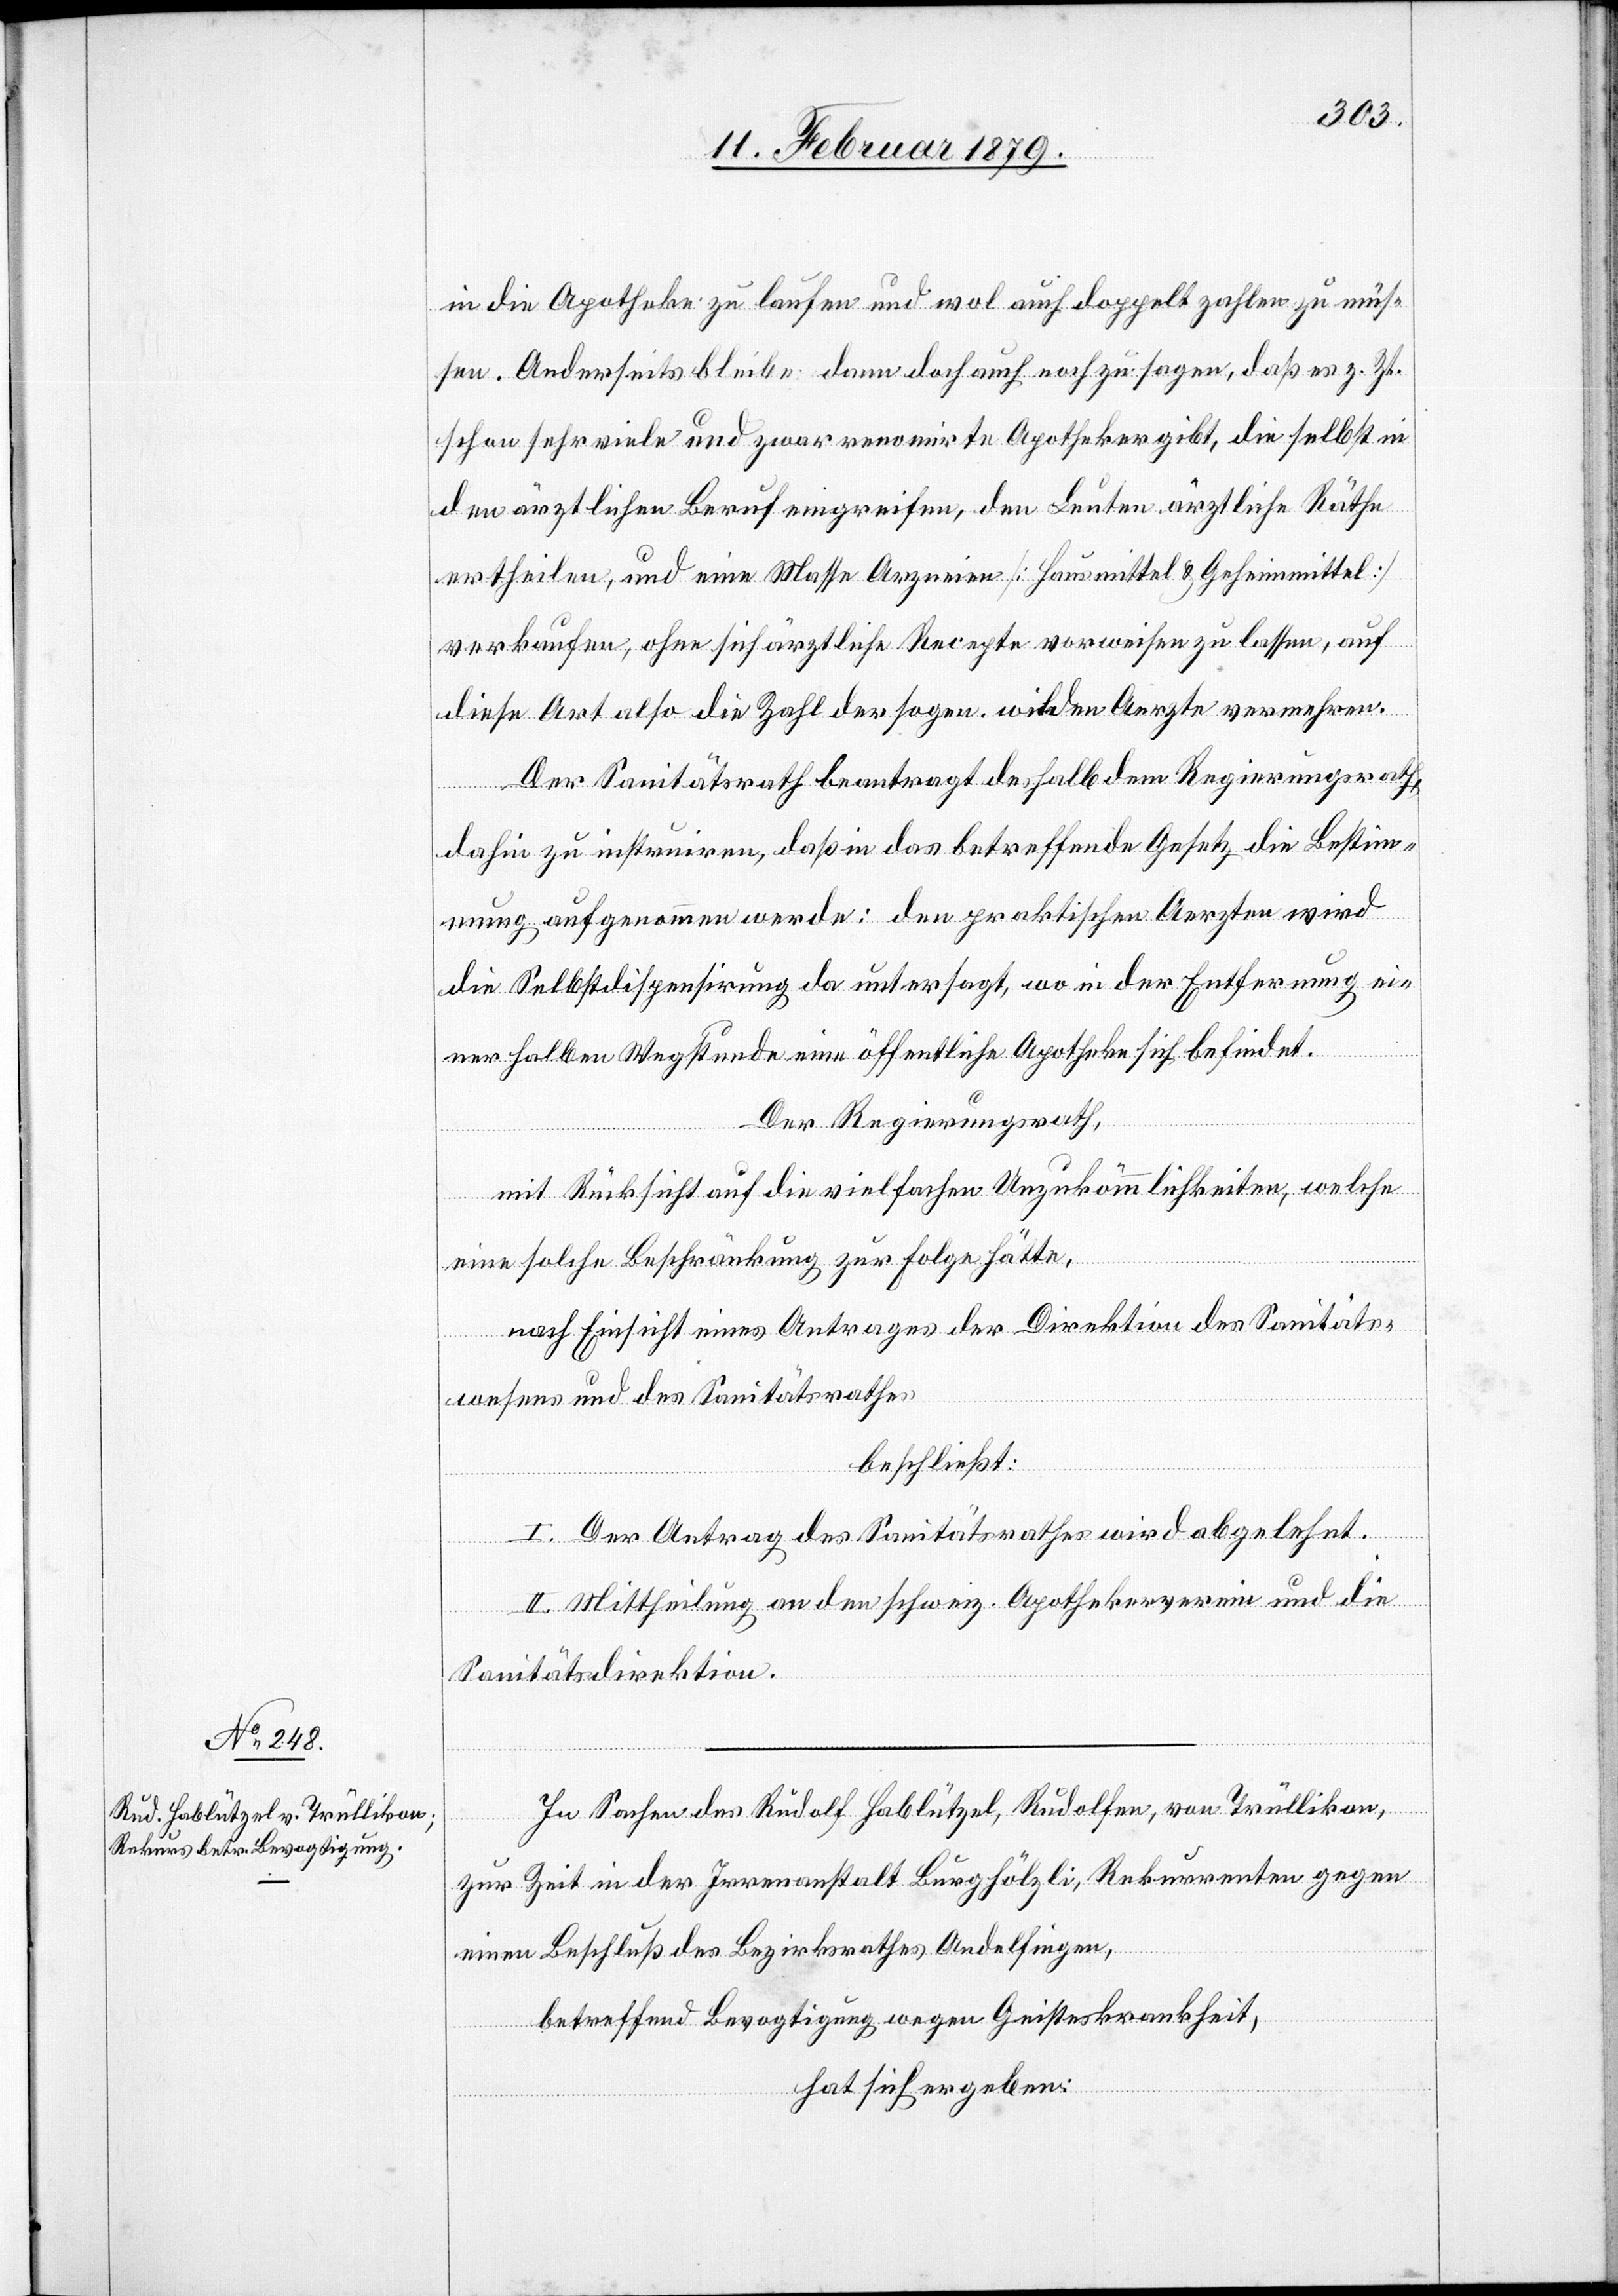
in die Apotheke zu laufen und wol auch doppelt zahlen zu müs¬
sen. Anderseits bleibe dann doch auch noch zu sagen, daß es z. Zt.
schon sehr viele und zwar renomirte Apotheker gibt, die selbst in
den ärztlichen Beruf eingreifen, den Leuten ärztliche Räthe
ertheilen, und eine Masse Arzneien [Hausmittel & Geheimmittel]
verkaufen, ohne sich ärztliche Recepte vorweisen zu lassen, auf
diese Art also die Zahl der sogen. wilden Aerzte vermehren.
Der Sanitätsrath beantragt deshalb dem Regierungsrath,
dahin zu instruiren, daß in das betreffende Gesetz die Bestim¬
mung aufgenommen werde: den praktischen Aerzten wird
die Selbstdispensirung da untersagt, wo in der Entfernung ei¬
ner halben Wegstunde eine öffentliche Apotheke sich befindet.
Der Regierungsrath,
mit Rücksicht auf die vielfachen Unzukömmlichkeiten, welche
nach Einsicht eines Antrages der Direktion des Sanitäts¬
wesens und des Sanitätsrathes,
beschließt:
I. Der Antrag des Sanitätsrathes wird abgelehnt.
II. Mittheilung an den schweiz. Apothekerverein und die
Sanitätsdirektion.
In Sachen des Rudolf Hablützel, Rudolfen, von Trüllikon,
zur Zeit in der Irrenanstalt Burghölzli, Rekurrenten gegen
einen Beschluß des Bezirksrathes Andelfingen,
betreffend Bevogtigung wegen Geisteskrankheit,
eine
hat sich ergeben: